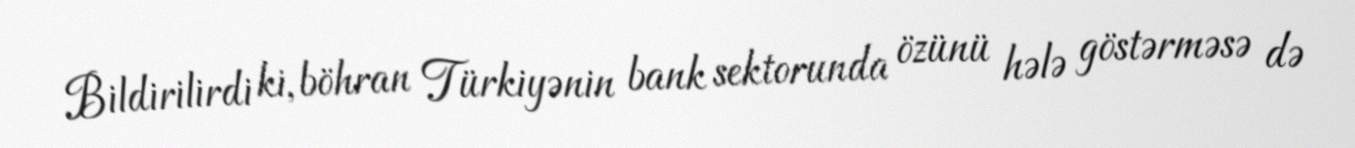
Bildirilirdi ki, böhran Türkiyənin bank sektorunda özünü hələ göstərməsə də